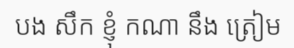
បង សឹក ខ្ញុំ កណា នឹង ត្រៀម